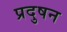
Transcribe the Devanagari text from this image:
प्रदुषन